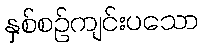
နှစ်စဉ်ကျင်းပသော